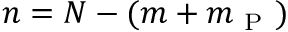
n = N - ( m + m _ { \mathrm { ~ P ~ } } )